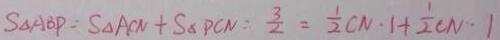
S _ { \Delta } A B P : S _ { \Delta } A C N + S _ { \Delta } P C N = \frac { 3 } { 2 } = \frac { 1 } { 2 } C N \cdot 1 + \frac { 1 } { 2 } C N \cdot 1